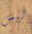
ليس